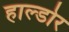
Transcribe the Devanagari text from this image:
हाल्डोर